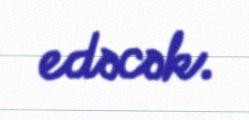
edəcək.